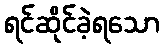
ရင်ဆိုင်ခဲ့ရသော